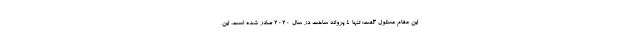
این مقام مسئول گفت: تنها 4 پروانه ساخت در سال 2020 صادر شده است. این